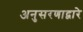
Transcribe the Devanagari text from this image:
अनुसरणाद्वारे